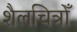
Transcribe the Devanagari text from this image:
शैलचित्रोँ